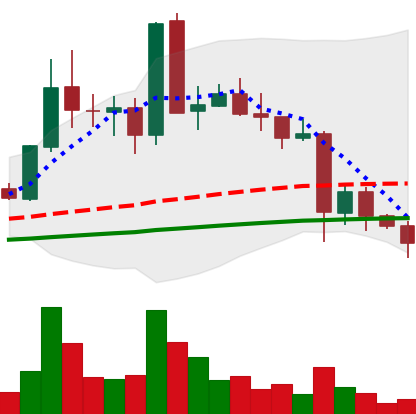
Ticker: EOS-USD
Chart end date: 2021-05-23
Forward return: 41.651%
Label: up_7plus